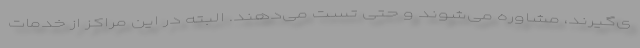
ی‌گیرند، مشاوره می‌شوند و حتی تست می‌دهند. البته در این مراکز از خدمات